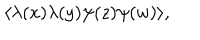
LaTeX: \langle \lambda ( x ) \lambda ( y ) \psi ( z ) \psi ( w ) \rangle ,